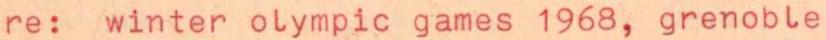
re: winter olympic games 1968, grenoble